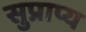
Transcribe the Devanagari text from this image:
सुप्राप्य